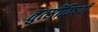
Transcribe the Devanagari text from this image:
तुत्‍सींविषयी